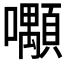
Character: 𡅑